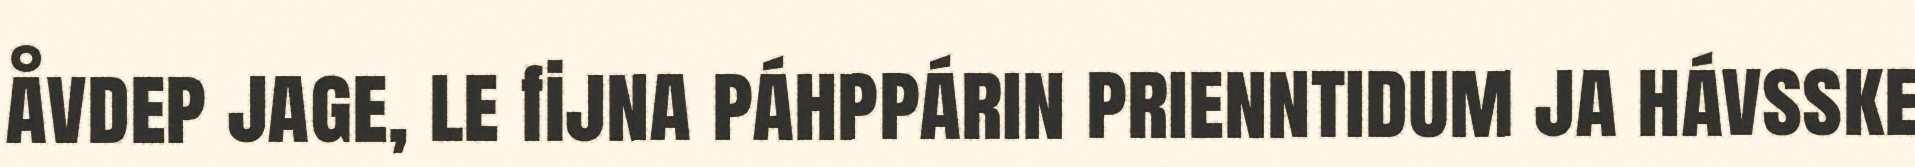
åvdep jage, le fijna páhppárin prienntidum ja hávsske